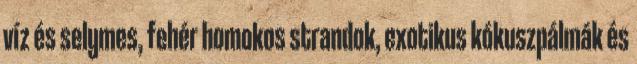
víz és selymes, fehér homokos strandok, exotikus kókuszpálmák és